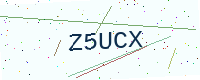
Text: Z5UCX